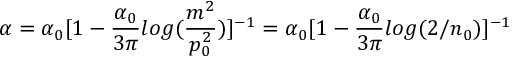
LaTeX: \alpha = \alpha _ { 0 } [ 1 - \frac { \alpha _ { 0 } } { 3 \pi } l o g ( \frac { m ^ { 2 } } { p _ { 0 } ^ { 2 } } ) ] ^ { - 1 } = \alpha _ { 0 } [ 1 - \frac { \alpha _ { 0 } } { 3 \pi } l o g ( 2 / n _ { 0 } ) ] ^ { - 1 }